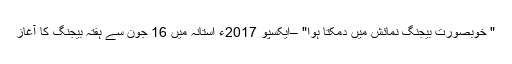
‫" خوبصورت بیجنگ نمائش میں دمکتا ہوا" –ایکسپو 2017ء استانہ میں 16 جون سے ہفتہ بیجنگ کا آغاز